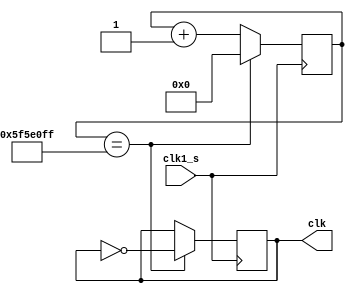
`timescale 1ns / 1ps
//////////////////////////////////////////////////////////////////////////////////
// Company: 
// Engineer: 
// 
// Design Name: 
// Module Name: time
// Project Name: 
// Target Devices: 
// Tool Versions: 
// Description: 
// 
// Dependencies: 
// 
// Revision:
// Revision 0.01 - File Created
// Additional Comments:
// 
//////////////////////////////////////////////////////////////////////////////////

module time1(clk1_s,clk);

input clk1_s;
output reg clk = 0;



reg [26:0] counter = 0;



always @ (posedge clk1_s )
begin

    if (counter == 100000000 - 1) 
    begin
    
   clk <= ~ clk ;
    counter <= 0;
    
end

else

counter <= counter + 1;


end


endmodule